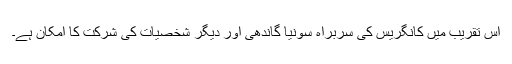
اس تقریب میں کانگریس کی سربراہ سونیا گاندھی اور دیگر شخصیات کی شرکت کا امکان ہے۔